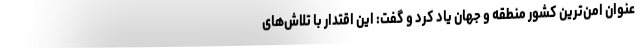
عنوان امن‌ترین کشور منطقه و جهان یاد کرد و گفت: این اقتدار با تلاش‌های